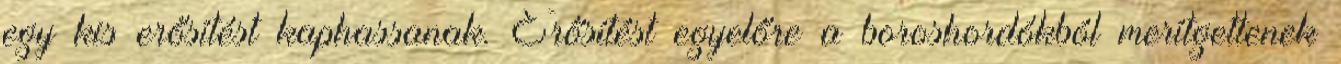
egy kis erősítést kaphassanak. Erősítést egyelőre a boroshordókból merítgettenek